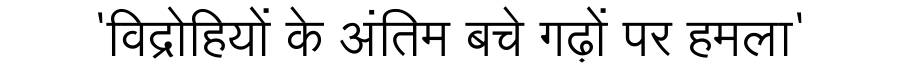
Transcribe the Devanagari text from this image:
'विद्रोहियों के अंतिम बचे गढ़ों पर हमला'